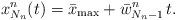
LaTeX: \begin{align*} x_{N_n}^n(t) = \bar{x}_{\max} + \bar{w}_{N_n-1}^n \,t .\end{align*}